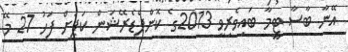
އޭނާ ބާސާ ޓީމާ ބައިވެރިވީ 2013ގެ ކޮންފެޑެރޭޝަން ކަޕަށް ފަހު 27 މޭ